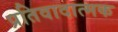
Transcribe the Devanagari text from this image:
प्रतिवादात्मक